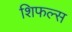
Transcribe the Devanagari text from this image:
शिफल्स